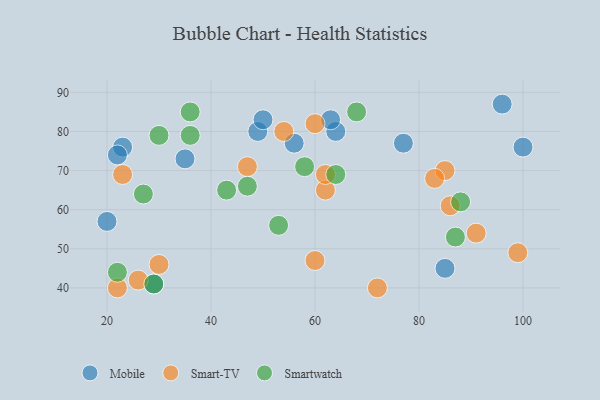
{"axis": {"x": "GDP", "y": "Life Expectancy"}, "legend": ["Mobile", "Smart-TV", "Smartwatch"], "data": [{"x": "35", "y": 73, "type": "Mobile"}, {"x": "85", "y": 45, "type": "Mobile"}, {"x": "49", "y": 80, "type": "Mobile"}, {"x": "50", "y": 83, "type": "Mobile"}, {"x": "64", "y": 80, "type": "Mobile"}, {"x": "20", "y": 57, "type": "Mobile"}, {"x": "77", "y": 77, "type": "Mobile"}, {"x": "23", "y": 76, "type": "Mobile"}, {"x": "96", "y": 87, "type": "Mobile"}, {"x": "29", "y": 41, "type": "Mobile"}, {"x": "22", "y": 74, "type": "Mobile"}, {"x": "56", "y": 77, "type": "Mobile"}, {"x": "100", "y": 76, "type": "Mobile"}, {"x": "63", "y": 83, "type": "Mobile"}, {"x": "47", "y": 71, "type": "Smart-TV"}, {"x": "26", "y": 42, "type": "Smart-TV"}, {"x": "23", "y": 69, "type": "Smart-TV"}, {"x": "72", "y": 40, "type": "Smart-TV"}, {"x": "30", "y": 46, "type": "Smart-TV"}, {"x": "85", "y": 70, "type": "Smart-TV"}, {"x": "86", "y": 61, "type": "Smart-TV"}, {"x": "83", "y": 68, "type": "Smart-TV"}, {"x": "62", "y": 65, "type": "Smart-TV"}, {"x": "91", "y": 54, "type": "Smart-TV"}, {"x": "99", "y": 49, "type": "Smart-TV"}, {"x": "62", "y": 69, "type": "Smart-TV"}, {"x": "54", "y": 80, "type": "Smart-TV"}, {"x": "22", "y": 40, "type": "Smart-TV"}, {"x": "60", "y": 47, "type": "Smart-TV"}, {"x": "60", "y": 82, "type": "Smart-TV"}, {"x": "36", "y": 79, "type": "Smartwatch"}, {"x": "27", "y": 64, "type": "Smartwatch"}, {"x": "47", "y": 66, "type": "Smartwatch"}, {"x": "43", "y": 65, "type": "Smartwatch"}, {"x": "29", "y": 41, "type": "Smartwatch"}, {"x": "64", "y": 69, "type": "Smartwatch"}, {"x": "87", "y": 53, "type": "Smartwatch"}, {"x": "68", "y": 85, "type": "Smartwatch"}, {"x": "88", "y": 62, "type": "Smartwatch"}, {"x": "22", "y": 44, "type": "Smartwatch"}, {"x": "58", "y": 71, "type": "Smartwatch"}, {"x": "36", "y": 85, "type": "Smartwatch"}, {"x": "53", "y": 56, "type": "Smartwatch"}, {"x": "30", "y": 79, "type": "Smartwatch"}]}